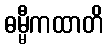
ဓမ္မီကထာတိ